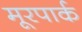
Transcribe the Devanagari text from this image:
मूरपार्क